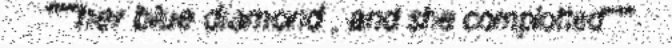
"""her blue diamond , and she complotted"""